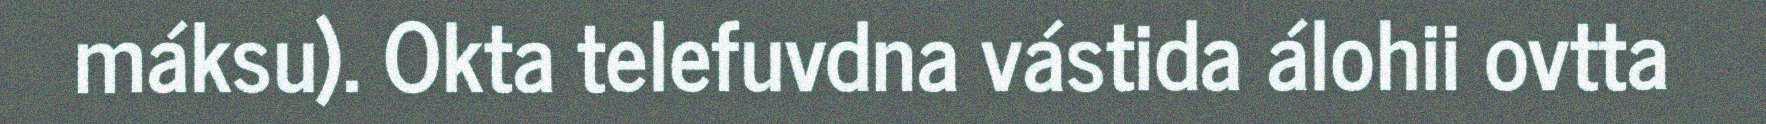
máksu). Okta telefuvdna vástida álohii ovtta